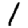
Digit: 1